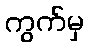
ကွက်မှ